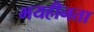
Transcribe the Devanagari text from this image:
भयहीनता